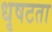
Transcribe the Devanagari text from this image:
धृषटता